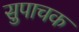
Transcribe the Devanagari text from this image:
सुपाचक